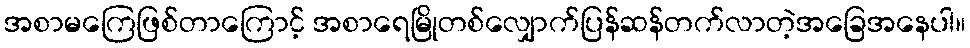
အစာမကြေဖြစ်တာကြောင့် အစာရေမြိုတစ်လျှောက်ပြန်ဆန်တက်လာတဲ့အခြေအနေပါ။